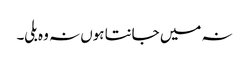
نہ میں جانتا ہوں نہ وہ بلی۔